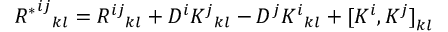
{ { R ^ { * } } ^ { i j } } _ { k l } = { R ^ { i j } } _ { k l } + D ^ { i } { K ^ { j } } _ { k l } - D ^ { j } { K ^ { i } } _ { k l } + { [ K ^ { i } , K ^ { j } ] } _ { k l }